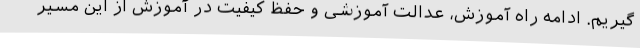
گیریم. ادامه راه آموزش، عدالت آموزشی و حفظ کیفیت در آموزش از این مسیر